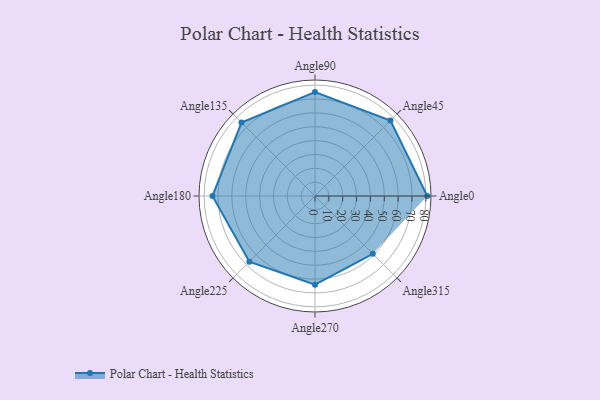
{"axis": {"x": "Angle", "y": "Radius"}, "legend": [""], "data": [{"x": "Angle0", "y": 81.0, "type": ""}, {"x": "Angle45", "y": 77.0, "type": ""}, {"x": "Angle90", "y": 75.0, "type": ""}, {"x": "Angle135", "y": 75.0, "type": ""}, {"x": "Angle180", "y": 74.0, "type": ""}, {"x": "Angle225", "y": 67.0, "type": ""}, {"x": "Angle270", "y": 64.0, "type": ""}, {"x": "Angle315", "y": 59.0, "type": ""}]}